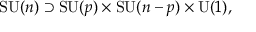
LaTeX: \operatorname { S U } ( n ) \supset \operatorname { S U } ( p ) \times \operatorname { S U } ( n - p ) \times \operatorname { U } ( 1 ) ,